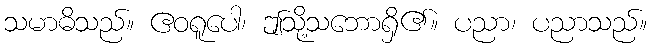
သမာဓိသည်။ ဧဝရူပေါ၊ ဤသို့သဘောရှိ၏။ ပညာ၊ ပညာသည်။